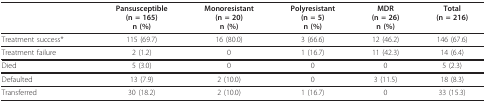
<table><thead><tr><td></td><td><b>Pansusceptible(n = 165)n (%)</b></td><td><b>Monoresistant(n = 20)n (%)</b></td><td><b>Polyresistant(n = 5)n (%)</b></td><td><b>MDR(n = 26)n (%)</b></td><td><b>Total(n = 216)</b></td></tr></thead><tbody><tr><td>Treatment success*</td><td>115 (69.7)</td><td>16 (80.0)</td><td>3 (66.6)</td><td>12 (46.2)</td><td>146 (67.6)</td></tr><tr><td>Treatment failure</td><td>2 (1.2)</td><td>0</td><td>1 (16.7)</td><td>11 (42.3)</td><td>14 (6.4)</td></tr><tr><td>Died</td><td>5 (3.0)</td><td>0</td><td>0</td><td>0</td><td>5 (2.3)</td></tr><tr><td>Defaulted</td><td>13 (7.9)</td><td>2 (10.0)</td><td>0</td><td>3 (11.5)</td><td>18 (8.3)</td></tr><tr><td>Transferred</td><td>30 (18.2)</td><td>2 (10.0)</td><td>1 (16.7)</td><td>0</td><td>33 (15.3)</td></tr></tbody></table>